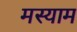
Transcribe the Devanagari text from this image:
मस्याम